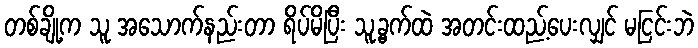
တစ်ချို့က သူ အသောက်နည်းတာ ရိပ်မိပြီး သူ့ခွက်ထဲ အတင်းထည့်ပေးလျှင် မငြင်းဘဲ